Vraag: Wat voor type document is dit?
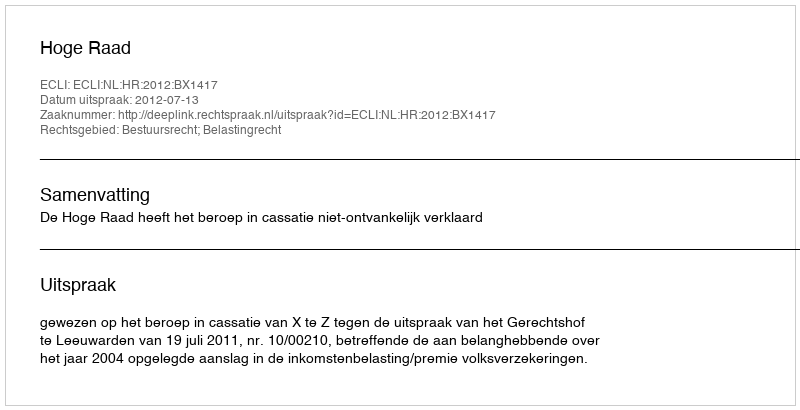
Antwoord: Uitspraak